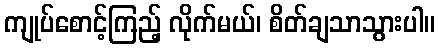
ကျုပ်စောင့်ကြည့် လိုက်မယ်၊ စိတ်ချသာသွားပါ။